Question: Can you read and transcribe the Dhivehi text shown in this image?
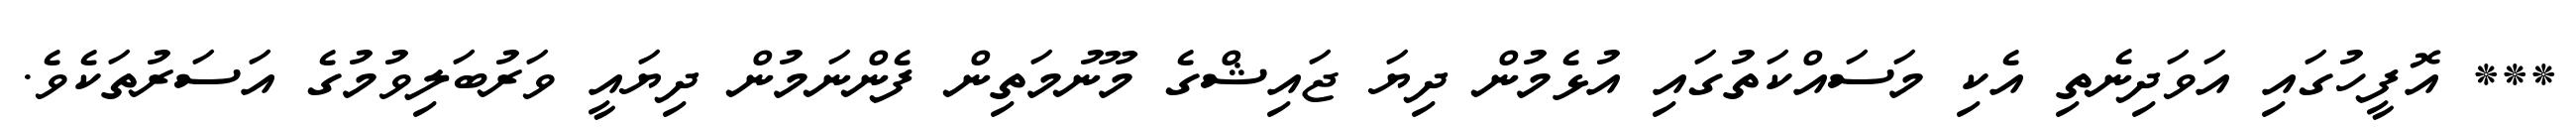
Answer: *** އޮފީހުގައި އަވަދިނެތި އެކި މަސައްކަތުގައި އުޅެމުން ދިޔަ ޖައިޝްގެ މޫނުމަތިން ފެންނަމުން ދިޔައީ ވަރުބަލިވުމުގެ އަސަރުތަކެވެ.